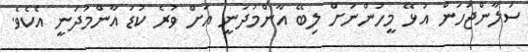
ސަލާންޖަހަން އުޅޭ މީހުންނަށް ލިބޭ އާންމުދަނީ އަށް ވުރެ ކުޑަ އާންމުދަނީ އެކެވެ.